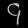
Digit: ၄